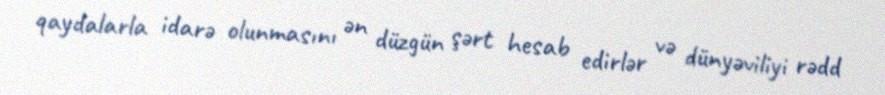
qaydalarla idarə olunmasını ən düzgün şərt hesab edirlər və dünyəviliyi rədd